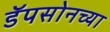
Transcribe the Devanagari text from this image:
डॅपसोनच्या